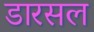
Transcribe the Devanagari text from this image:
डारसल